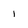
Character: i